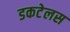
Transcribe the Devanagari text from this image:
डकटेलस